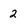
Character: 2